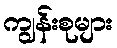
ကျွန်းစုများ